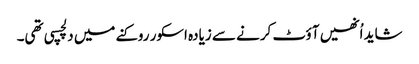
شاید اُنھیں آؤٹ کرنے سے زیادہ اسکور روکنے میں دلچسپی تھی۔